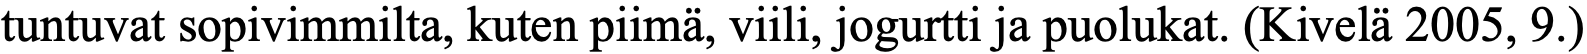
tuntuvat sopivimmilta, kuten piimä, viili, jogurtti ja puolukat. (Kivelä 2005, 9.)